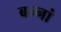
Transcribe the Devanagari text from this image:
बन्नां